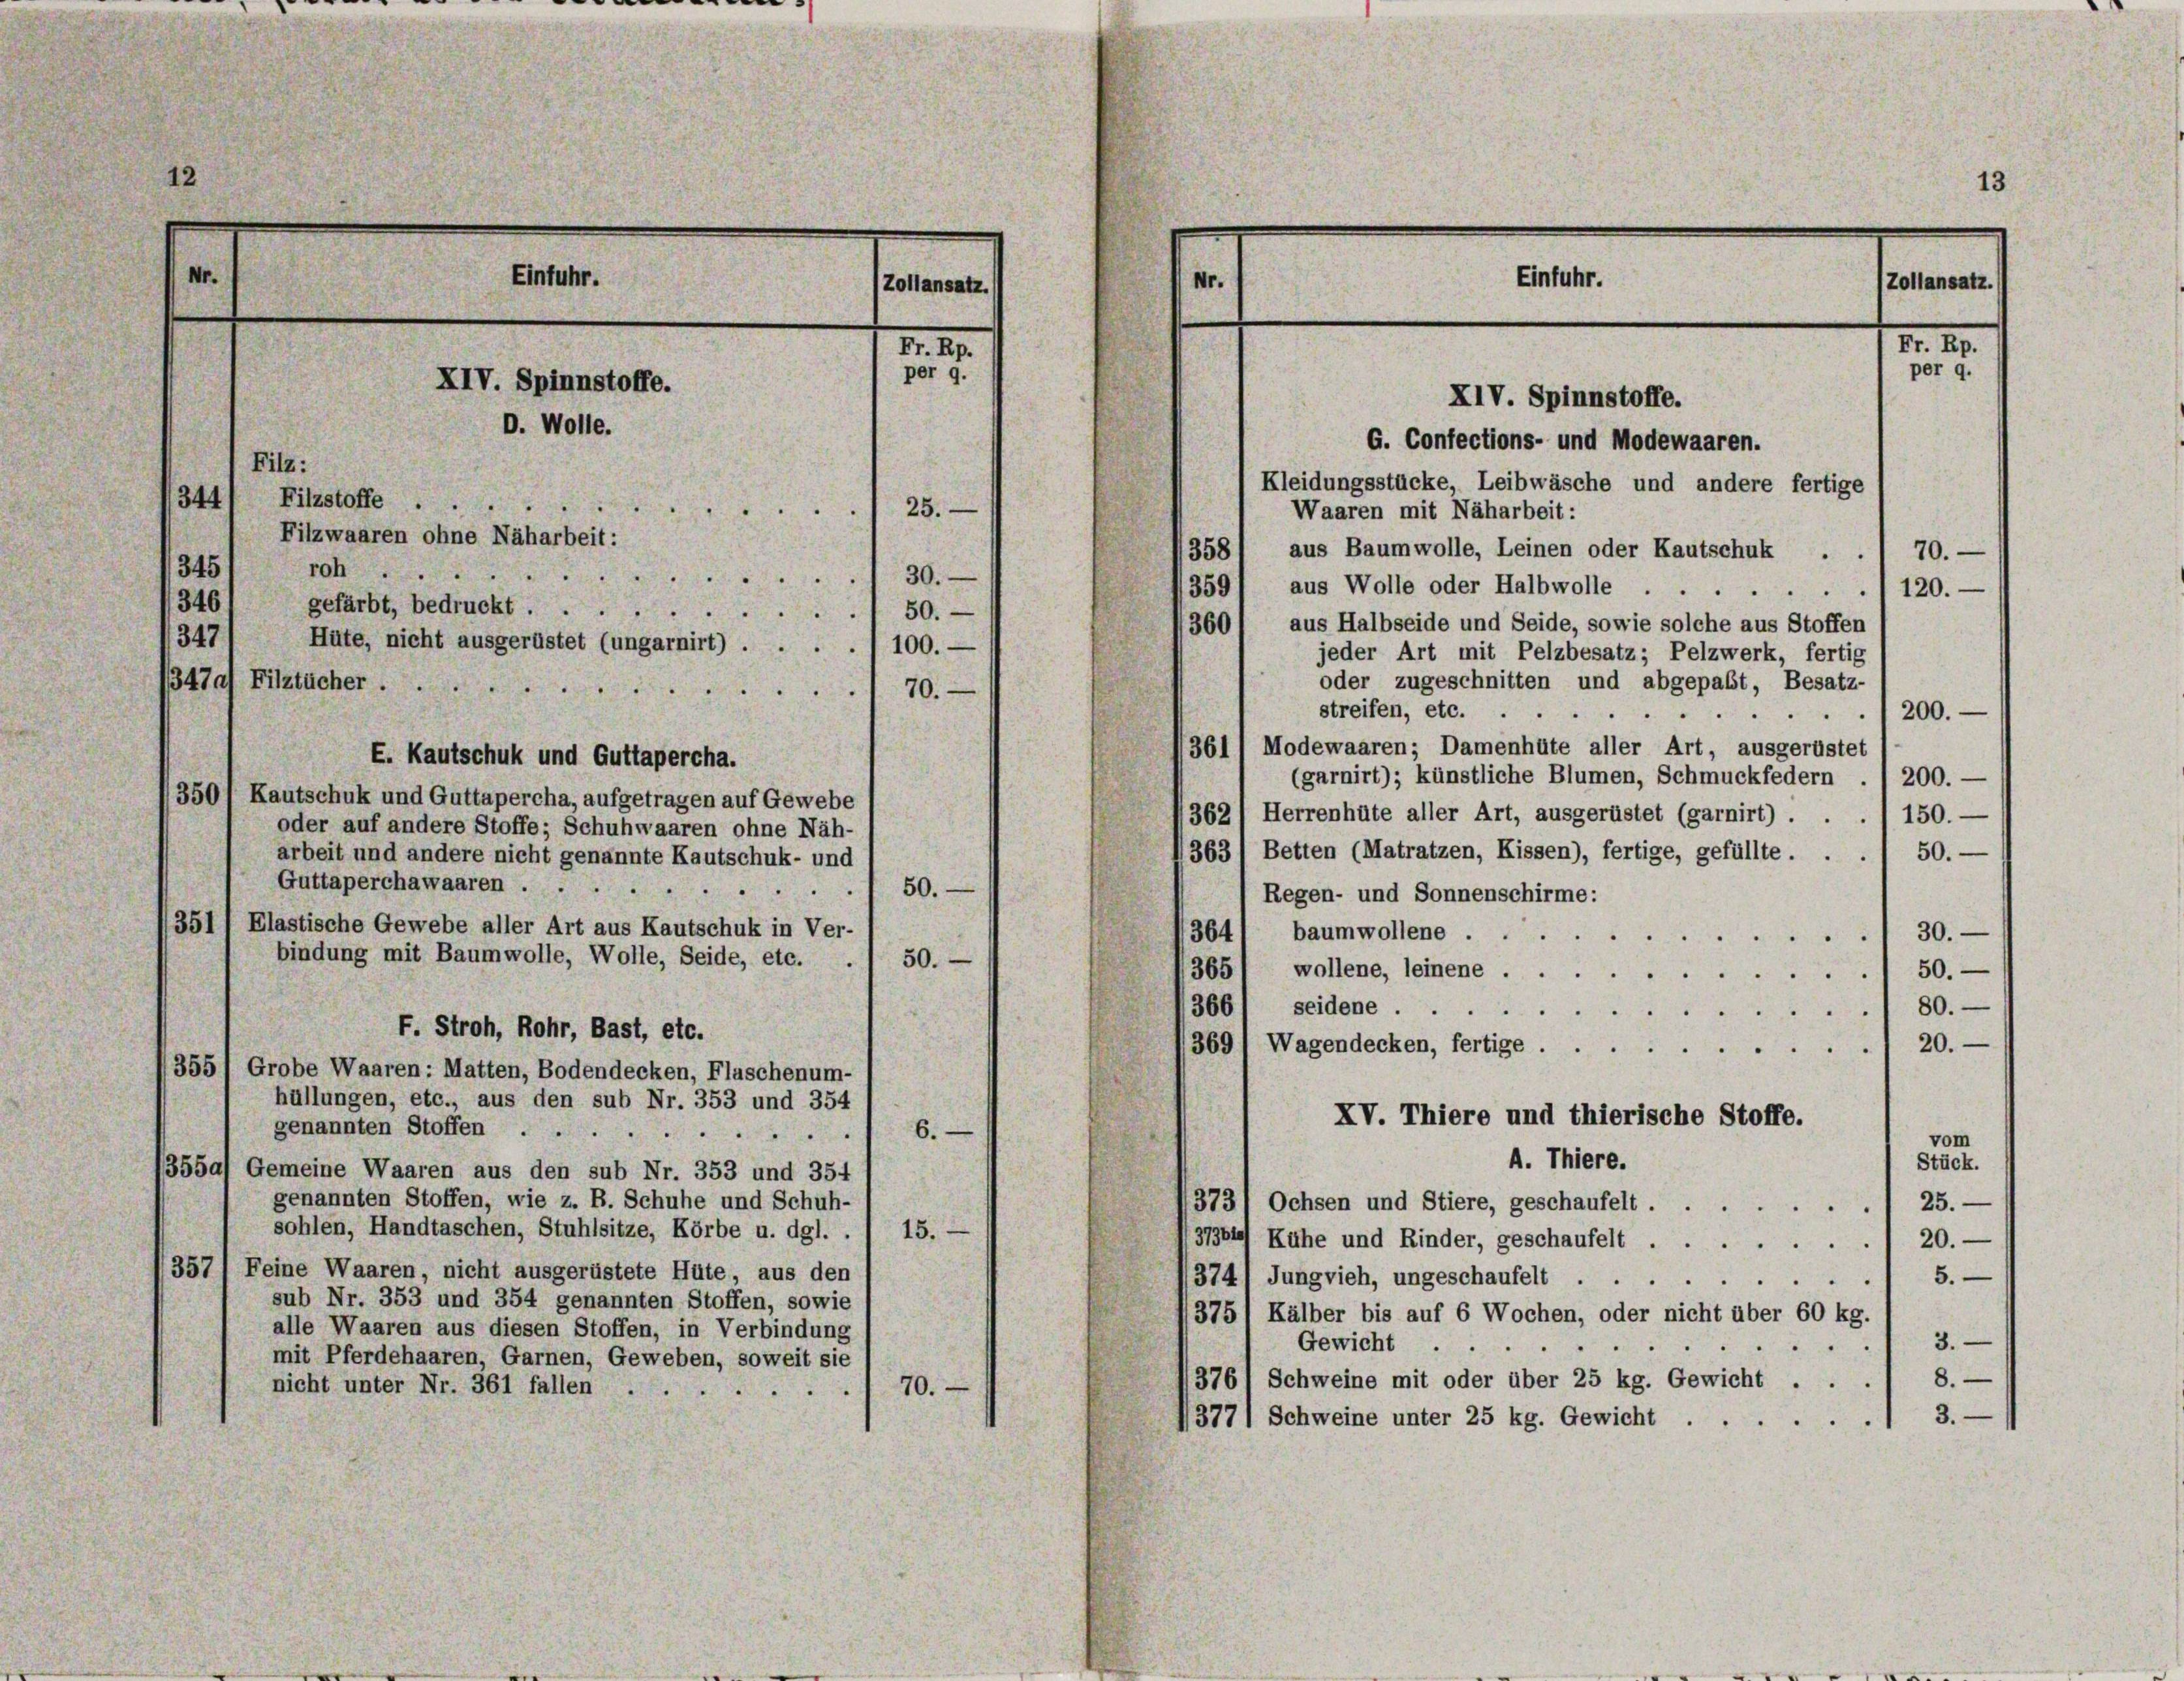
13
Einfuhr.
Nr.
Zollansatz.
XIV. Spinnstoffe.
XIV. Spinnstoffe.
O. Wolle.
G. Confections- und Modewaaren.
Filz:
Kleidungsstücke, Leibwäsche und andere fertige
344/ Filzstoffe
25.
.
Waaren mit Naharbeit:
Filzwaaren ohne Näharbeit:
358) aus Baumwolle, Leinen oder Kautschuk .
70.
345
roh.
30.
3591 aus Wolle oder Halbwolle
120.
346
gefärbt, bedruckt.
 50.
aus Halbseide und Seide, sowie solche aus Stoffen
360
347
Hüte, nicht ausgerüstet (ungarnirt) .... 100.
jeder Art mit Pelzbesatz; Pelzwerk, fertig
oder zugeschnitten und abgepaßt, Besatz-
1347a) Filztücher . .
70.
streifen, etc.
1200.
 . . .
361/ Modewaaren; Damenhüte aller Art, ausgerüstet

Nr.

E. Kautschuk und Guttapercha.
(garnirt); künstliche Blumen, Schmuckfedern . 1 200.
350) Kautschuk und Guttapercha, aufgetragen auf Gewebe
362/ Herrenhüte aller Art, ausgerüstet (garnirt) . . . 150. —
oder auf andere Stoffe; Schuhwaaren ohne Näh-
363/ Betten (Matratzen, Kissen), fertige, gefüllte . . . 1 50.-
arbeit und andere nicht genannte Kautschuk- und
Guttaperchawaaren . .
50.
Regen- und Sonnenschirme:
351/ Elastische Gewebe aller Art aus Kautschuk in Ver-
3641 baumwollene .
 30.
bindung mit Baumwolle, Wolle, Seide, etc.
50.
3651, wollene, leinene . .
50.—
3661 seidene
80.

F. Stroh, Rohr, Bast, etc.
20.
369) Wagendecken, fertige ....
355) Grobe Waaren: Matten, Bodendecken, Flaschenum-
hüllungen, etc., aus den sub Nr. 353 und 354
XV. Thiere und thierische Stoffe.
genannten Stoffen
6.
vom
A. Thiere.
Stück.
13550, Gemeine Waaren aus den sub Nr. 353 und 354
genannten Stoffen, wie z. B. Schuhe und Schuh-
373/ Ochsen und Stiere, geschaufelt. 25.
sohlen, Handtaschen, Stuhlsitze, Körbe u. dgl. ./ 15.
9793te Kühe und Rinder, geschaufelt 20.
357/ Feine Waaren, nicht ausgerüstete Hüte, aus den
3741 Jungvieh, ungeschaufelt . .
5.
sub Nr. 353 und 354 genannten Stoffen, sowie
3751 Kälber bis auf 6 Wochen, oder nicht über 60 kg.
alle Waaren aus diesen Stoffen, in Verbindung
3.
Gewicht ..
mit Pferdehaaren, Garnen, Geweben, soweit sie
376, Schweine mit oder über 25 kg. Gewicht . . . 8. —
nicht unter Nr. 361 fallen
70.
3.
3771 Schweine unter 25 kg. Gewicht .
e

Einfuhr.

Zollansatz.

N. 11.
per 9.

Nr. 10.
per 9.